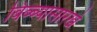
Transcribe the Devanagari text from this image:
बिब्ब्यासारखे